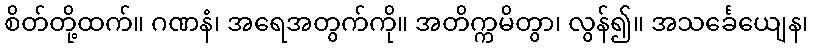
စိတ်တို့ထက်။ ဂဏနံ၊ အရေအတွက်ကို။ အတိက္ကမိတွာ၊ လွန်၍။ အသင်္ခေယျေန၊